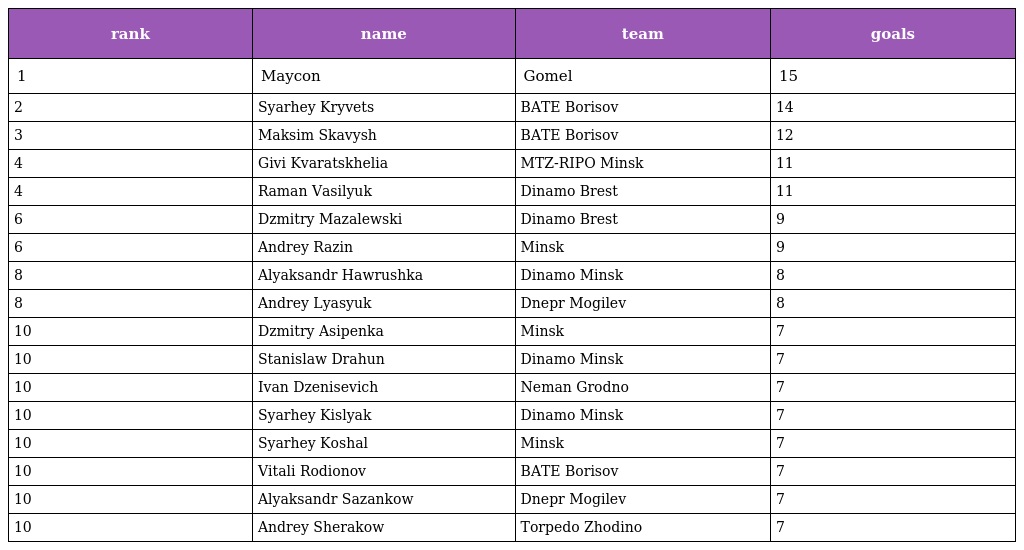
| rank | name | team | goals |
 | --- | --- | --- | --- |
 | 1 | Maycon | Gomel | 15 |
 | 2 | Syarhey Kryvets | BATE Borisov | 14 |
 | 3 | Maksim Skavysh | BATE Borisov | 12 |
 | 4 | Givi Kvaratskhelia | MTZ-RIPO Minsk | 11 |
 | 4 | Raman Vasilyuk | Dinamo Brest | 11 |
 | 6 | Dzmitry Mazalewski | Dinamo Brest | 9 |
 | 6 | Andrey Razin | Minsk | 9 |
 | 8 | Alyaksandr Hawrushka | Dinamo Minsk | 8 |
 | 8 | Andrey Lyasyuk | Dnepr Mogilev | 8 |
 | 10 | Dzmitry Asipenka | Minsk | 7 |
 | 10 | Stanislaw Drahun | Dinamo Minsk | 7 |
 | 10 | Ivan Dzenisevich | Neman Grodno | 7 |
 | 10 | Syarhey Kislyak | Dinamo Minsk | 7 |
 | 10 | Syarhey Koshal | Minsk | 7 |
 | 10 | Vitali Rodionov | BATE Borisov | 7 |
 | 10 | Alyaksandr Sazankow | Dnepr Mogilev | 7 |
 | 10 | Andrey Sherakow | Torpedo Zhodino | 7 |